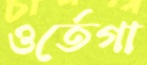
ওর্তেগা